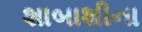
શાબાશીના